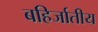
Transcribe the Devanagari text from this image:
बहिर्जातीय